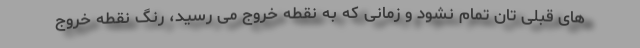
های قبلی تان تمام نشود و زمانی که به نقطه خروج می رسید، رنگ نقطه خروج